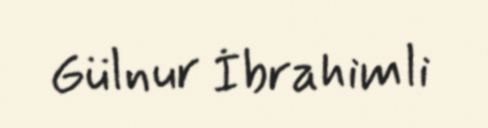
Gülnur İbrahimli